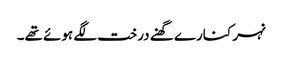
نہر کنارے گھنے درخت لگے ہوئے تھے۔